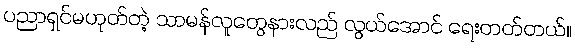
ပညာရှင်မဟုတ်တဲ့ သာမန်လူတွေနားလည် လွယ်အောင် ရေးတတ်တယ်။